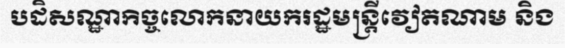
បដិសណ្ឋាកិច្ចលោកនាយករដ្ឋមន្ត្រីវៀតណាម និង